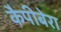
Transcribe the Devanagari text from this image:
कैपीबेरा